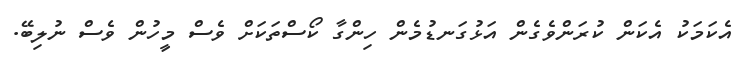
އެކަމަކު އެކަން ކުރަންވެގެން އަޅުގަނޑުމެން ހިންގާ ކޯސްތަކަށް ވެސް މީހުން ވެސް ނުލިބޭ.